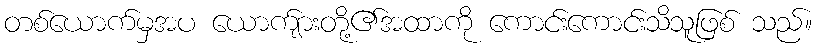
တစ်ယောက်မှအပ ယောက်ျားတို့၏အထာကို ကောင်းကောင်းသိသူဖြစ် သည်။